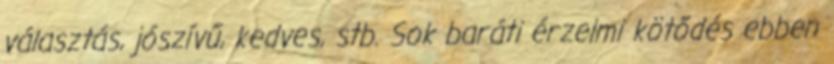
választás, jószívű, kedves, stb. Sok baráti érzelmi kötődés ebben